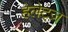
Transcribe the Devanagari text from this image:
हेलेट्ज़